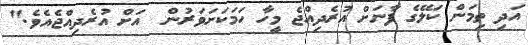
އަދި ތިމަން ކަލޭގެ ފާނަށް އުރެދިއްޖެ މީހާ ހަމަކަށަވަރުން  އަށް އުރެދިއްޖެއެވެ."